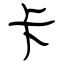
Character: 卡